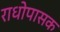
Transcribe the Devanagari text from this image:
राधोपासक